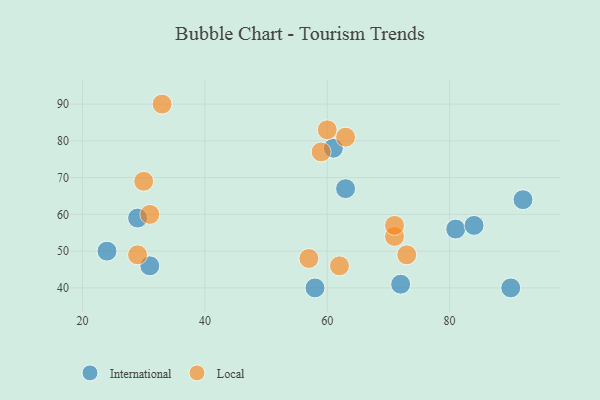
{"axis": {"x": "GDP", "y": "Life Expectancy"}, "legend": ["International", "Local"], "data": [{"x": "29", "y": 59, "type": "International"}, {"x": "61", "y": 78, "type": "International"}, {"x": "92", "y": 64, "type": "International"}, {"x": "90", "y": 40, "type": "International"}, {"x": "81", "y": 56, "type": "International"}, {"x": "72", "y": 41, "type": "International"}, {"x": "31", "y": 46, "type": "International"}, {"x": "24", "y": 50, "type": "International"}, {"x": "58", "y": 40, "type": "International"}, {"x": "84", "y": 57, "type": "International"}, {"x": "63", "y": 67, "type": "International"}, {"x": "60", "y": 83, "type": "Local"}, {"x": "62", "y": 46, "type": "Local"}, {"x": "73", "y": 49, "type": "Local"}, {"x": "59", "y": 77, "type": "Local"}, {"x": "63", "y": 81, "type": "Local"}, {"x": "31", "y": 60, "type": "Local"}, {"x": "71", "y": 54, "type": "Local"}, {"x": "33", "y": 90, "type": "Local"}, {"x": "29", "y": 49, "type": "Local"}, {"x": "30", "y": 69, "type": "Local"}, {"x": "71", "y": 57, "type": "Local"}, {"x": "57", "y": 48, "type": "Local"}]}